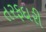
તરફદારી